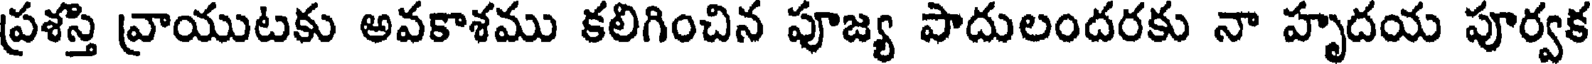
ప్రశస్తి వ్రాయుటకు అవకాశము కలిగించిన పూజ్య పాదులందరకు నా హృదయ పూర్వక